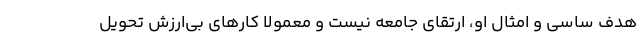
هدف ساسی و امثال او، ارتقای جامعه نیست و معمولا کارهای بی‌ارزش تحویل